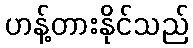
ဟန့်တားနိုင်သည်